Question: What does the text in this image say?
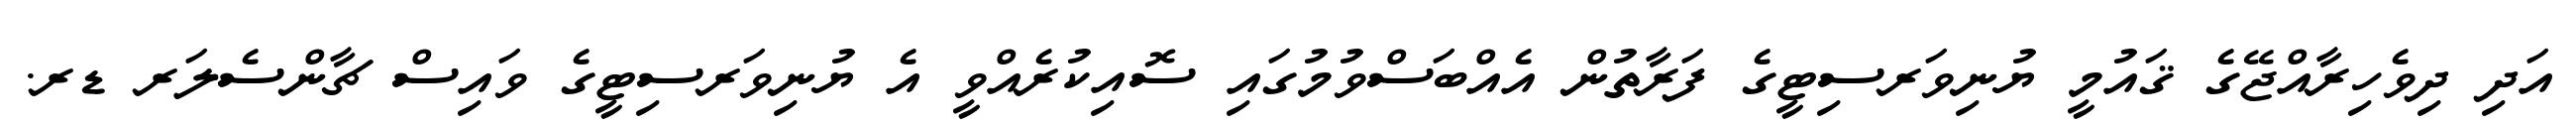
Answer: އަދި ދިވެހިރާއްޖޭގެ ޤައުމީ ޔުނިވަރސިޓީގެ ފަރާތުން އެއްބަސްވުމުގައި ސޮއިކުރެއްވީ އެ ޔުނިވަރސިޓީގެ ވައިސް ޗާންސެލަރ ޑރ.